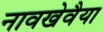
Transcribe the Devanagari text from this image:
नावखेवैया